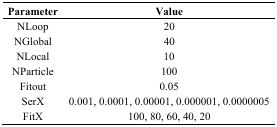
<table><thead><tr><td><b>Parameter</b></td><td><b>Value</b></td></tr></thead><tbody><tr><td>NLoop</td><td>20</td></tr><tr><td>NGlobal</td><td>40</td></tr><tr><td>NLocal</td><td>10</td></tr><tr><td>NParticle</td><td>100</td></tr><tr><td>Fitout</td><td>0.05</td></tr><tr><td>SerX</td><td>0.001, 0.0001, 0.00001, 0.000001, 0.0000005</td></tr><tr><td>FitX</td><td>100, 80, 60, 40, 20</td></tr></tbody></table>